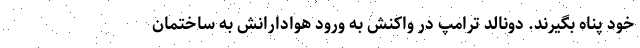
خود پناه بگیرند. دونالد ترامپ در واکنش به ورود هوادارانش به ساختمان